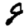
Digit: 9